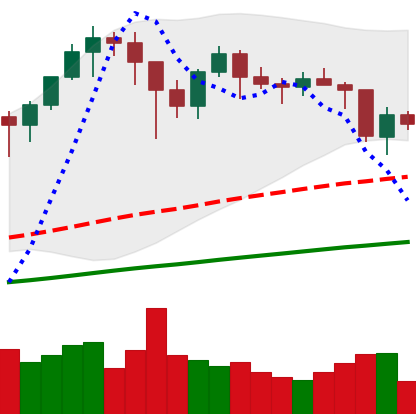
Ticker: BTC-USD
Chart end date: 2021-01-23
Forward return: 4.361%
Label: up_3_5